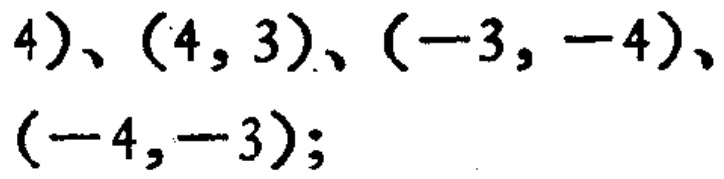
$(4)、(4,3)、(-3,-4)、(-4,-3);$